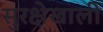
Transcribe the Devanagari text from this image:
सुरक्षेखाली